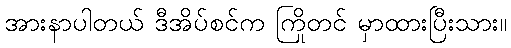
အားနာပါတယ် ဒီအိပ်စင်က ကြိုတင် မှာထားပြီးသား။